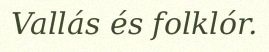
Vallás és folklór.